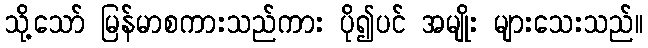
သို့သော် မြန်မာစကားသည်ကား ပို၍ပင် အမျိုး များသေးသည်။